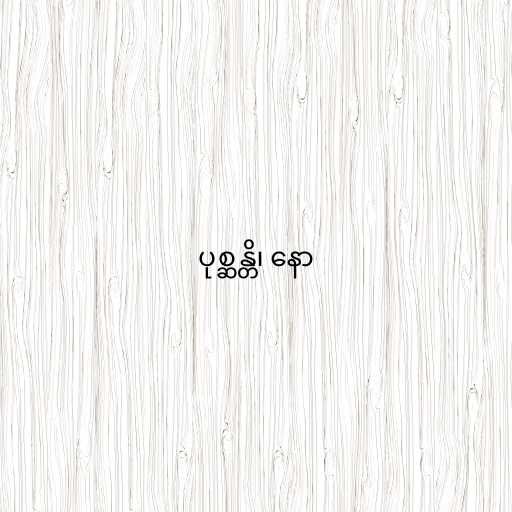
ပုစ္ဆန္တိ၊ နော